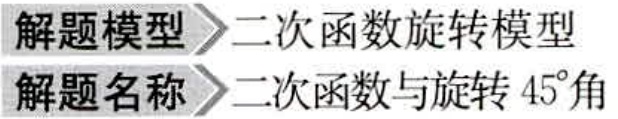
解题模型>>二次函数旋转模型
解题名称>>二次函数与旋转45°角